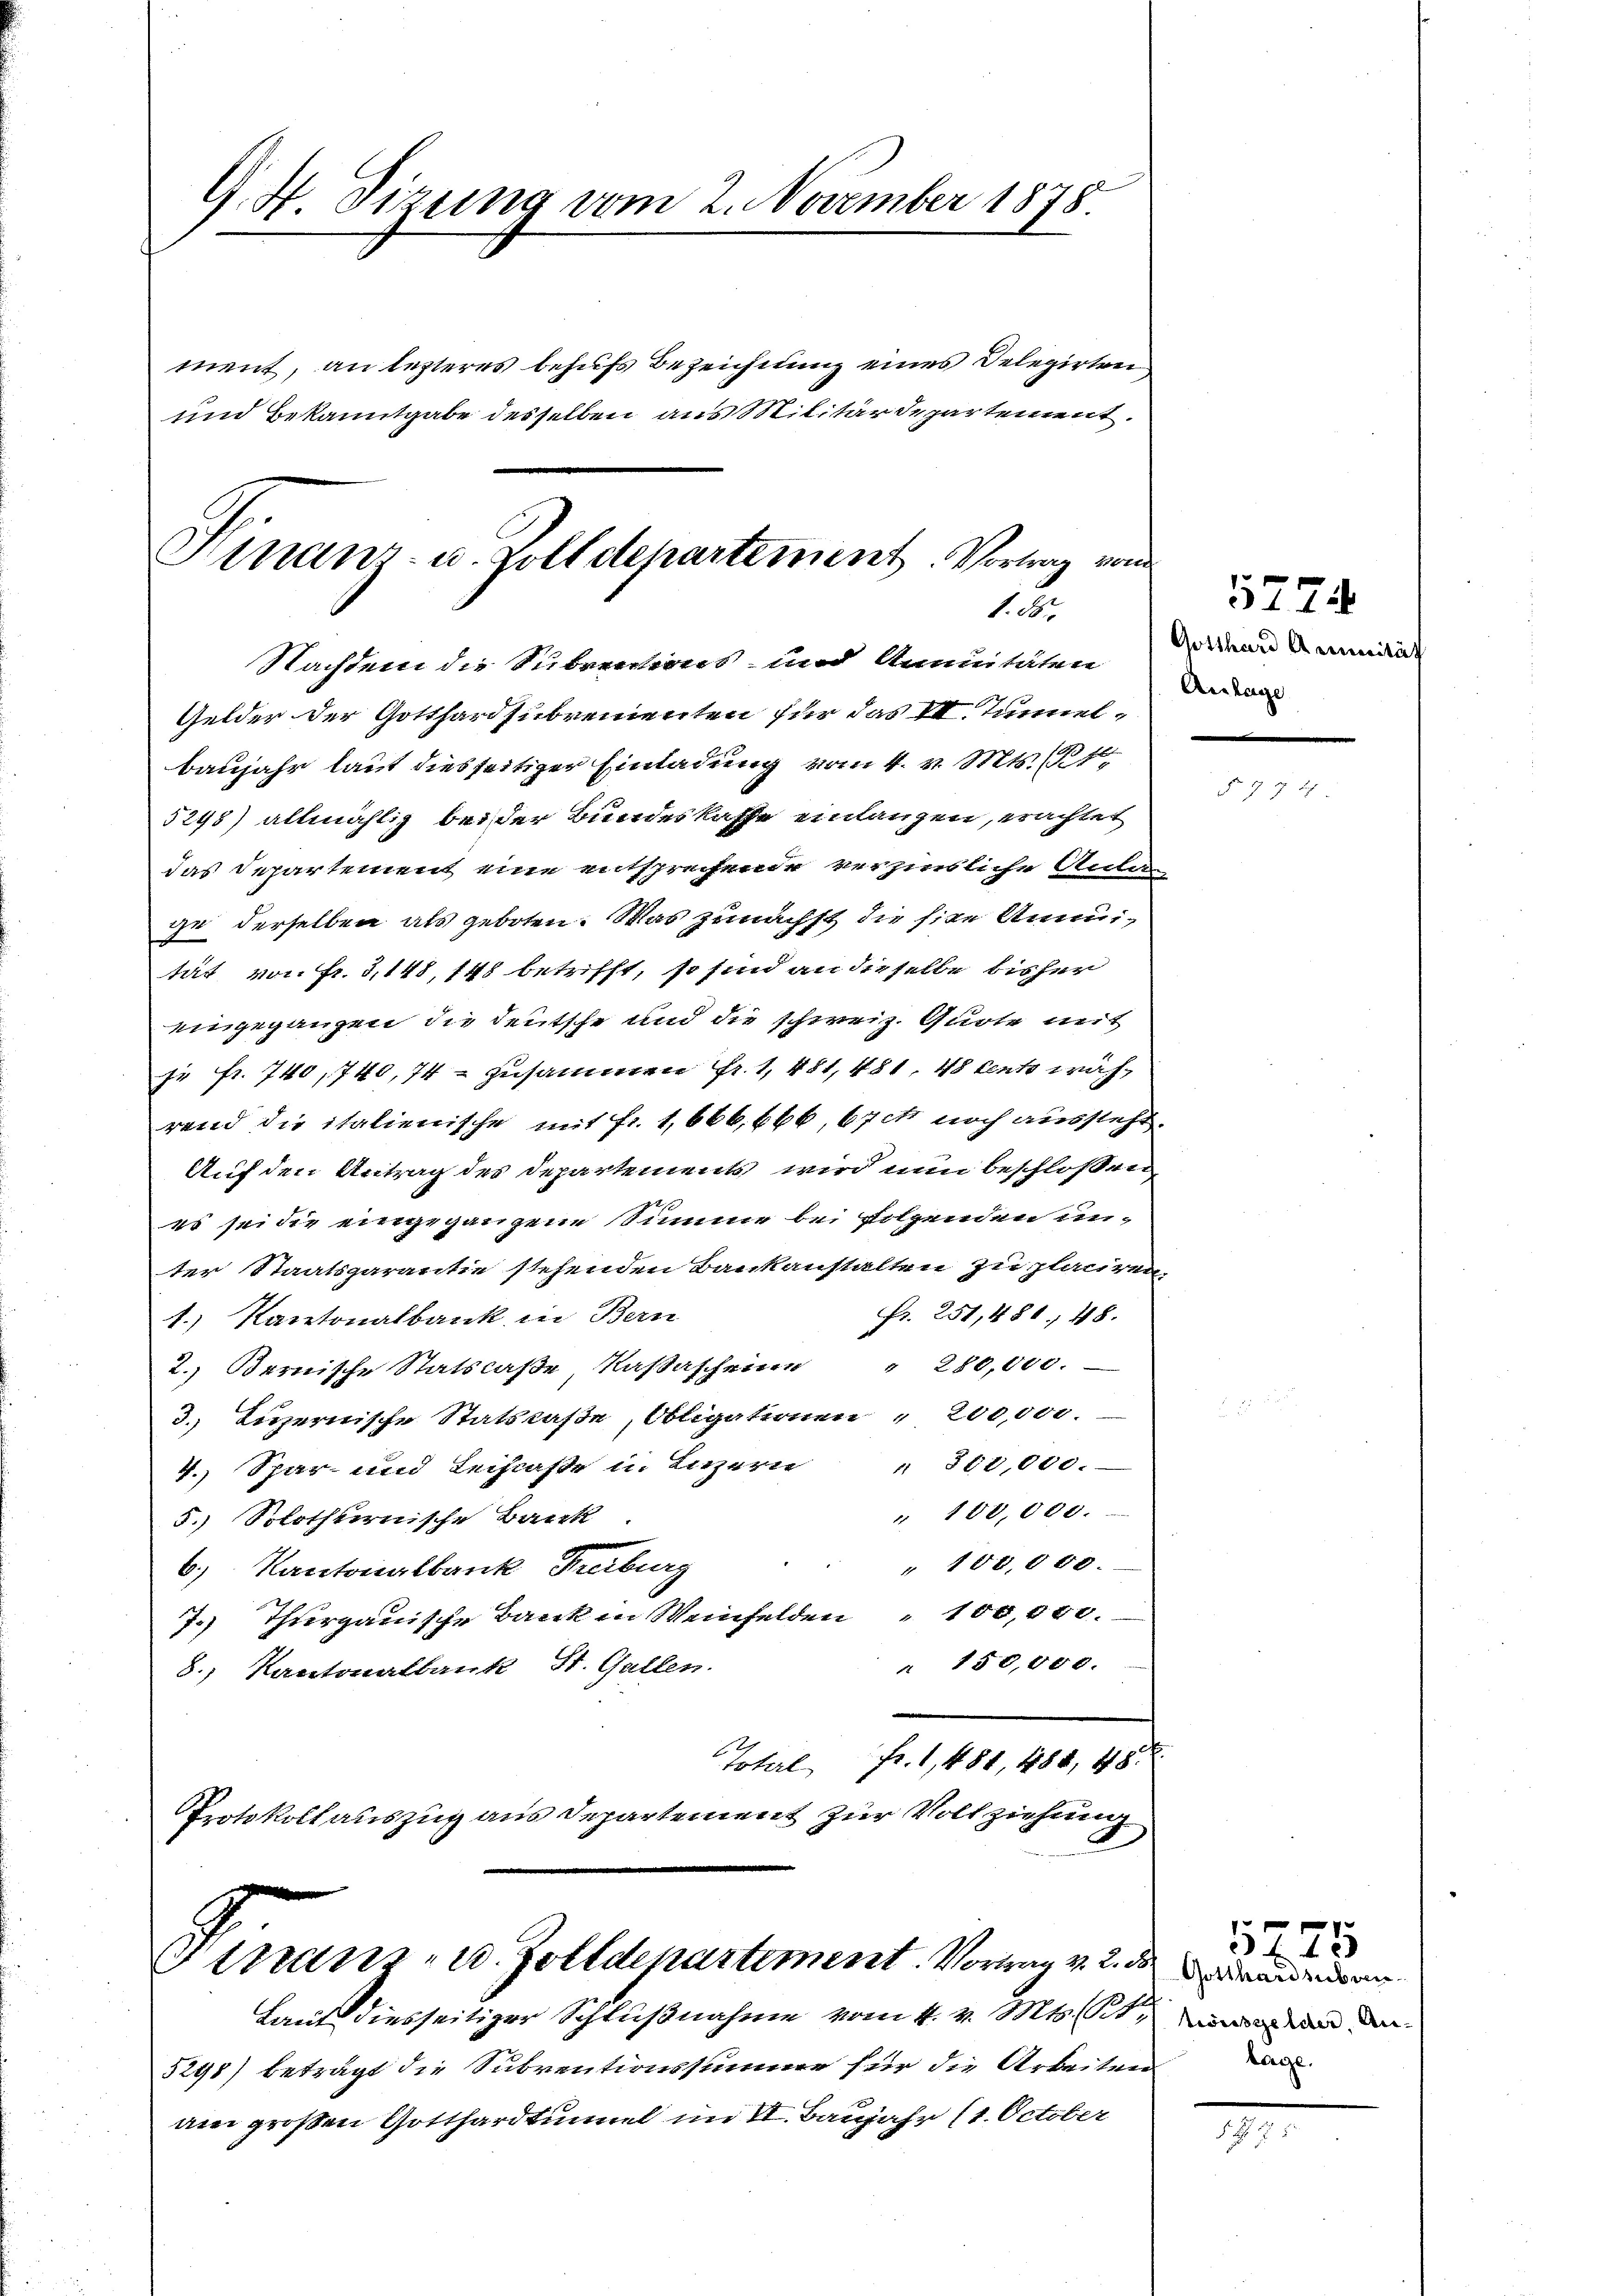
G. 4 Sizung vom 2. November 1878.

ment, an lezteres behufs Bezeichnung eines Delegirten
und Bekanntgabe desselben aus Militärdepartement.
Hinaus- u. Zolldepartement. Vortrag von

1. 85.

Stnam - u. Zolldepartement. Vortrag v. 2. dsenden

Nachdem die Subventions- und Annuitäten Wa
Gelder der Gotthardsubvenienten für das VII. Tunnelbaujahr laut diesseitiger Einladung vom 4. v. Mts. (1
5248) allmählig bei der Bundeskaffe einlangen, erachtet
das Departement eine entsprechende verzinsliche Anla
ge derselben als geboten. Was zunächst die sie Unmität von Fr. 3,148, 148 betrifft, so sind an dieselbe bisher
eingegangen, die deutsche und die schweiz. Quote mit
je fr. 740,740, 74 zusammen Fr. 1, 481, 481. 48 kents während die italienische mit fr. 1,666. 666, 67 noch aussteht.
Auf den Antrag des Departements wird nun beschloßen
es sei die eingegangene Summe bei folgenden unter Staatsgarantie stehenden Bankanstalten zu planiren.
Fr. 251, 481. 48.
1. Kantonalbank in Bern
2. Bernische Statscaße, Kassascheine " 280,000.
3. Luzernische Statskasse, Obligaternen " 200,000.
4. Spar- und Leihkasse in Luzern " 300,000.
" 100,000.
5.) Solothurnische Bank
" 100,000.
6) Kantonalbank, Freiburg
7.) Thurgauische Bank in Weinfelden 100,000.
" 150,000.
8., Kantonalbank, St. Gallen.
Toterl, Fr. 1, 481, 488, 48 x
Protokoll auszug aus Departement zur Vollziehung

Laut diesseitiger Schlußnahme vom 4. v. Mts. 11, das an den
5298) beträgt die Subventionssumme für die Arbeiten
am großen Gotthardtunnel im VI. Baujahr (1. October

5774
Gotthard Amunität

1775
Lage.